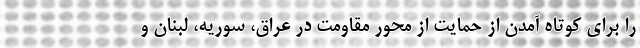
را برای کوتاه آمدن از حمایت از محور مقاومت در عراق، سوریه، لبنان و